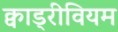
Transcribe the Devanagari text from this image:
क्वाड्रीवियम